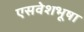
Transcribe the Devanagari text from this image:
एसवेशभूषा